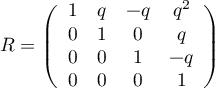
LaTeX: R = \left( \begin{array} { c c c c } { { 1 } } & { { q } } & { { - q } } & { { q ^ { 2 } } } \\ { { 0 } } & { { 1 } } & { { 0 } } & { { q } } \\ { { 0 } } & { { 0 } } & { { 1 } } & { { - q } } \\ { { 0 } } & { { 0 } } & { { 0 } } & { { 1 } } \end{array} \right)